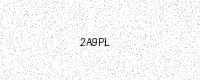
Text: 2A9PL